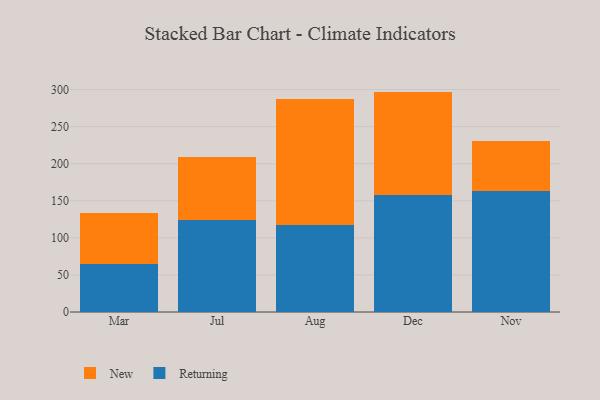
{"axis": {"x": "Month", "y": "Population (Million)"}, "legend": ["New", "Returning"], "data": [{"x": "Mar", "y": 64.5, "type": "Returning"}, {"x": "Mar", "y": 69.7, "type": "New"}, {"x": "Jul", "y": 124.6, "type": "Returning"}, {"x": "Jul", "y": 84.8, "type": "New"}, {"x": "Aug", "y": 117.0, "type": "Returning"}, {"x": "Aug", "y": 170.1, "type": "New"}, {"x": "Dec", "y": 157.9, "type": "Returning"}, {"x": "Dec", "y": 139.4, "type": "New"}, {"x": "Nov", "y": 163.6, "type": "Returning"}, {"x": "Nov", "y": 66.4, "type": "New"}]}